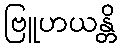
ဗြူဟယန္တိ